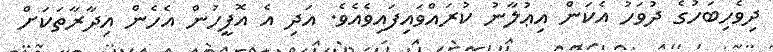
ދިވެހިބަހުގެ ދުވަހު އެކަން އިޢުލާނު ކުރައްވައިފައިވެއެވެ. އަދި އެ އޮފީހުން އެހެން އިދާރާތަކަށް